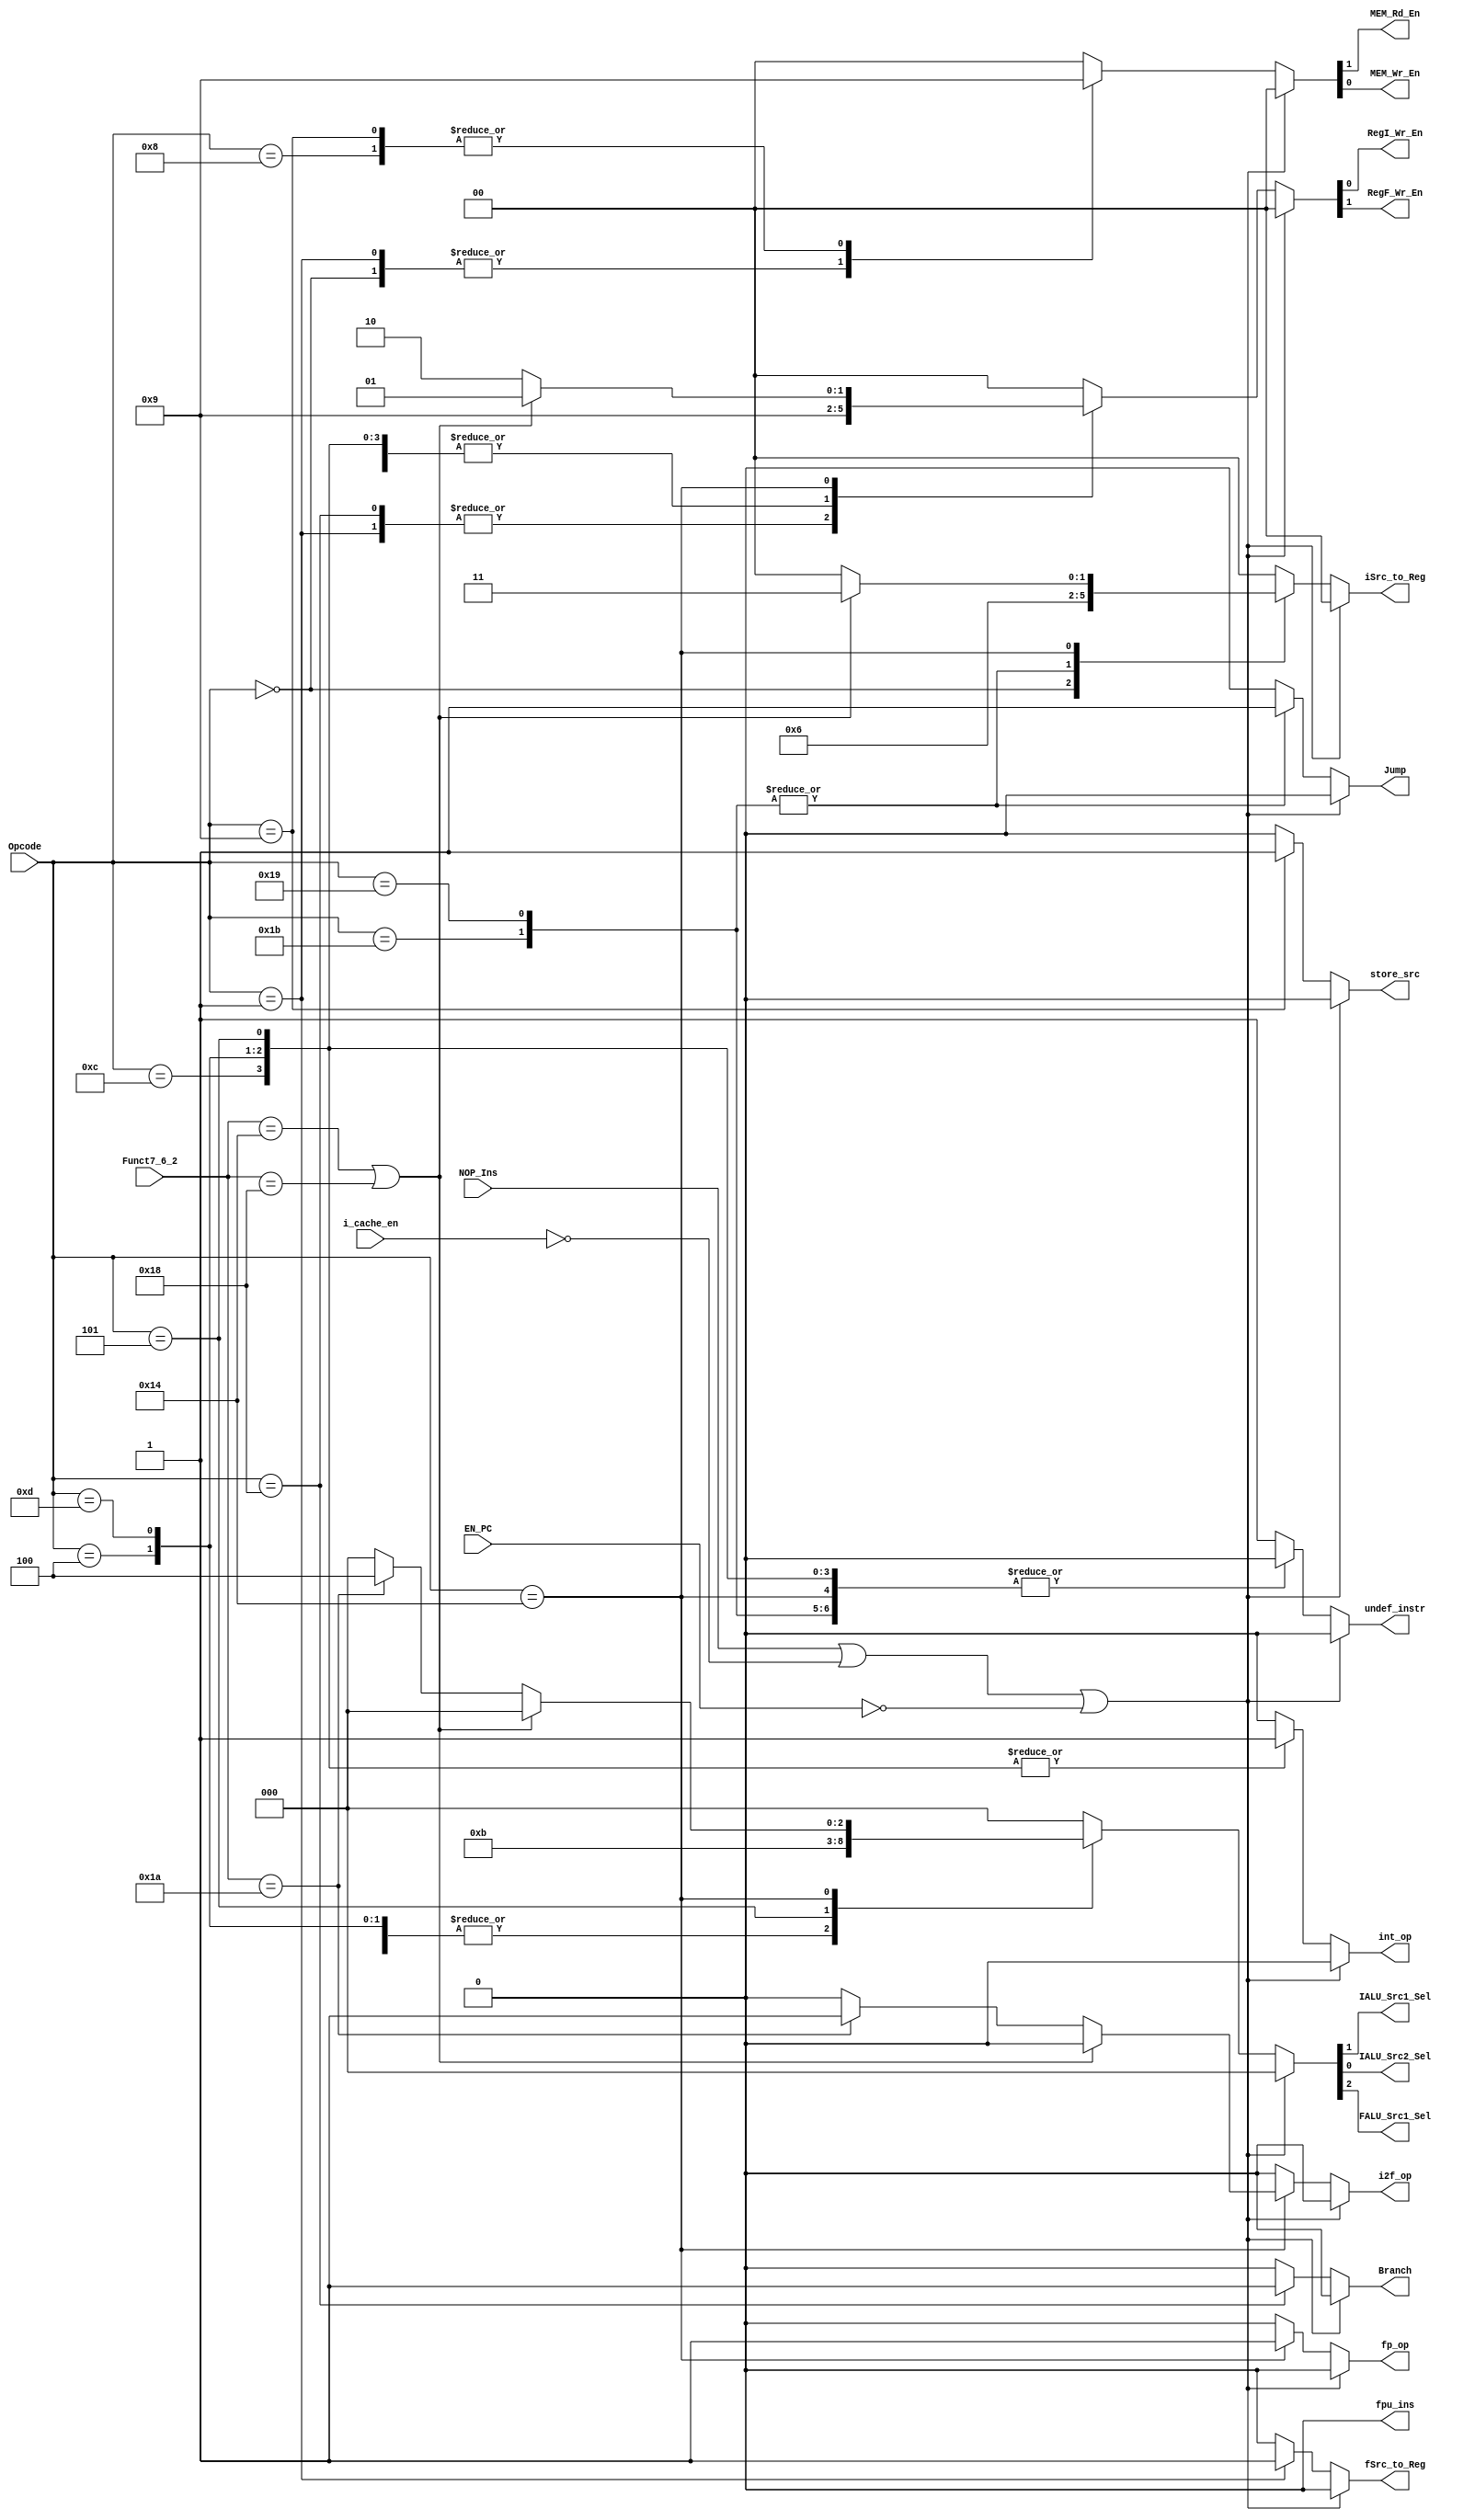
module Main_Decoder
(
	// INPUT
	input wire [4:0] Opcode,
	input wire       EN_PC,
	input wire       NOP_Ins,	
	input wire [4:0] Funct7_6_2, 
	input wire       i_cache_en,
	// OUTPUT
	// Memory Control Signals
	output wire      MEM_Rd_En,
	output wire      MEM_Wr_En,
	output reg       store_src,
	// Register Write Source
	output reg [1:0] iSrc_to_Reg,
	output reg       fSrc_to_Reg,	
	// RegFile Control Signals
	output wire 	 RegI_Wr_En,
	output wire 	 RegF_Wr_En,
	// Integer ALU Source signals
	output wire 	 IALU_Src1_Sel,
	output wire 	 IALU_Src2_Sel,
	output reg       int_op,
	// Floating ALU Source signals
	output wire      FALU_Src1_Sel,
	output reg       fp_op,
	output reg       i2f_op,
	// PC signals
	output reg       Branch,
	output reg       Jump,
	// Floating point instruction detection
	output reg       fpu_ins,
	// undefined instruction
	output reg       undef_instr
);

// Supported ISA Based on the opcode
// Integer Instrustions
// R_TYPE Format
localparam R_TYPE_I = 5'b01100;

// I_Type Format
localparam IMM 		= 5'b00100;
localparam LOAD_I   = 5'b00000;
localparam LOAD_F   = 5'b00001;
localparam JALR     = 5'b11001;

// S_Type
localparam STORE_I  = 5'b01000;
localparam STORE_F  = 5'b01001;
// SB_Type
localparam BRANCH 	= 5'b11000; 

// UJ_Type
localparam JAL      = 5'b11011;

// U_Type
localparam LUI 	    = 5'b01101;
localparam AUIPC    = 5'b00101;

// Floating Point Instructions
localparam R_TYPE_F = 5'b10100;

reg [1:0] mem_flags;
reg [3:0] reg_flags;
reg [2:0] alu_src_flags;

reg main_alu_src1;
reg main_alu_src2;

reg PC_Change;
reg pc_src_flags;

assign {MEM_Rd_En,MEM_Wr_En}   					   = mem_flags;
assign {RegF_Wr_En,RegI_Wr_En} 					   = reg_flags;
assign {FALU_Src1_Sel,IALU_Src1_Sel,IALU_Src2_Sel} = alu_src_flags;

always @(*) begin
	
	mem_flags     = 'b0;
	iSrc_to_Reg   = 2'b00;
	fSrc_to_Reg   = 1'b0;
	reg_flags     = 2'b00;
	alu_src_flags = 'b0;
	Branch        = 1'b0;
	Jump          = 1'b0;
	undef_instr   = 1'b0;
	fpu_ins       = 1'b0;
	int_op        = 1'b0;
	fp_op         = 1'b0;
	i2f_op        = 1'b0;
	store_src     = 1'b0;

	// NOP insertion && Instruction is corrupted
	if (NOP_Ins || !i_cache_en || !EN_PC) begin
		main_alu_src1 = 1'b0;
		main_alu_src2 = 1'b0;
		mem_flags     = 'b0;
		iSrc_to_Reg   = 2'b00;
		fSrc_to_Reg   = 1'b0;
		reg_flags     = 'b0;
		alu_src_flags = 'b0;
		Branch        = 1'b0;
	    Jump          = 1'b0;
		undef_instr   = 1'b0;
		int_op        = 1'b0;
		fp_op         = 1'b0;
		i2f_op        = 1'b0;
		store_src     = 1'b0;
	end
	else begin
		case (Opcode)
			R_TYPE_I: begin
				reg_flags 	  = 2'b01;
				int_op  	  = 1'b1;
			end
			IMM:begin
				reg_flags 	  = 2'b01;
				alu_src_flags = 3'b001; 
				int_op  	  = 1'b1;
			end
			LOAD_I: begin
				reg_flags 	  = 2'b01;
				alu_src_flags = 3'b001;
				iSrc_to_Reg   = 2'b01;
				mem_flags     = 2'b10;
			end
			LOAD_F: begin
				reg_flags 	  = 2'b10;
				alu_src_flags = 3'b001;
				fSrc_to_Reg   = 1'b1;
				mem_flags     = 2'b10;
			end
			STORE_I: begin
				alu_src_flags = 3'b001;
				mem_flags     = 2'b01;
			end
			STORE_F: begin
				store_src     = 1'b1;
				main_alu_src1 = 1'b1;
				alu_src_flags = 3'b001;
				mem_flags     = 2'b01;
			end
			BRANCH: begin
				PC_Change     = 1'b1;
				reg_flags     = 4'b0010;
				Branch        = 1'b1;
			end
			JAL: begin
				PC_Change     = 1'b1;
				reg_flags     = 2'b01;
				iSrc_to_Reg   = 2'b10;
				alu_src_flags = 3'b001;
				Jump          = 1'b1;
			end
			JALR: begin
				Jump          = 1'b1;
				reg_flags     = 2'b01;
				PC_Change     = 1'b1;
				iSrc_to_Reg   = 2'b10;
				alu_src_flags = 3'b001;
			end
			LUI: begin
				int_op  	  = 1'b1;
				reg_flags     = 2'b01;
				alu_src_flags = 3'b001;
			end
			AUIPC: begin
				int_op  	  = 1'b1;
				reg_flags     = 2'b01;
				alu_src_flags = 3'b011;
			end
			R_TYPE_F : begin
				if (Funct7_6_2 == 5'b10100 || Funct7_6_2 == 5'b11000) begin
					reg_flags   = 2'b01;
					fp_op       = 1'b1;
					iSrc_to_Reg = 2'b11;
				end
				else if (Funct7_6_2 == 5'b11010) begin
					fp_op         = 1'b1;
					i2f_op        = 1'b1;
					alu_src_flags = 3'b100;
					reg_flags     = 2'b10;
				end
				else begin
					fp_op         = 1'b1;
					reg_flags     = 2'b10;
				end 
			end
			default: begin
				store_src     = 1'b0;
				fpu_ins       = 1'b0;
				PC_Change     = 1'b0;
				mem_flags     = 2'b0;
				reg_flags     = 2'b0;
				alu_src_flags = 3'b0;
				pc_src_flags  = 2'b0;
				undef_instr   = 1'b1;
				int_op        = 1'b0;
				fp_op         = 1'b0;
				i2f_op        = 1'b0;
			end
		endcase
	end
	
end

endmodule